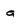
Character: 0